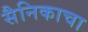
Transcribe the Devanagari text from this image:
सैनिकाचा